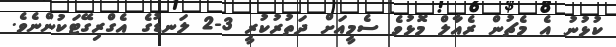
ކުޅުނު އެ މެޗުން ރެއާލް މޮޅުވެ ސެމީއަށް ދަތުރުކުރީ 3-2 ލަނޑުގެ އެގްރިގޭޓަކުންނެވެ.